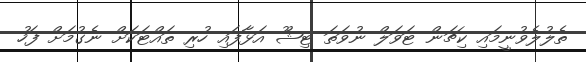
ތެލުލެވުނީމައި ކިޗަން ޓަވަލް ނުވަތަ ޓިޝޫ އަޅާފައި ހުރި ތައްޓަކަށް ނެގުމަށް ފަހު